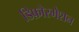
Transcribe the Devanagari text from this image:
डिफ़ोरमेशन